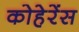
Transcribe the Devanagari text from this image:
कोहेरेंस